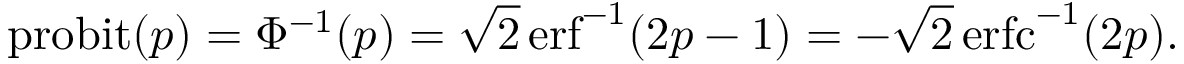
\operatorname { p r o b i t } ( p ) = \Phi ^ { - 1 } ( p ) = { \sqrt { 2 } } \operatorname { e r f } ^ { - 1 } ( 2 p - 1 ) = - { \sqrt { 2 } } \operatorname { e r f c } ^ { - 1 } ( 2 p ) .